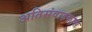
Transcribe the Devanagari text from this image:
अतिसंवाहकास